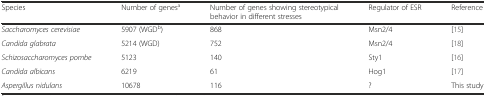
<table><thead><tr><td><b>Species</b></td><td><b>Number of genes<sup>a</sup></b></td><td><b>Number of genes showing stereotypical behavior in different stresses</b></td><td><b>Regulator of ESR</b></td><td><b>Reference</b></td></tr></thead><tbody><tr><td><i>Saccharomyces cerevisiae</i></td><td>5907 (WGD<sup>b</sup>)</td><td>868</td><td>Msn2/4</td><td>[15]</td></tr><tr><td><i>Candida glabrata</i></td><td>5214 (WGD)</td><td>752</td><td>Msn2/4</td><td>[18]</td></tr><tr><td><i>Schizosaccharomyces pombe</i></td><td>5123</td><td>140</td><td>Sty1</td><td>[16]</td></tr><tr><td><i>Candida albicans</i></td><td>6219</td><td>61</td><td>Hog1</td><td>[17]</td></tr><tr><td><i>Aspergillus nidulans</i></td><td>10678</td><td>116</td><td>?</td><td>This study</td></tr></tbody></table>